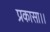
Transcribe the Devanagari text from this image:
प्रकासा।।